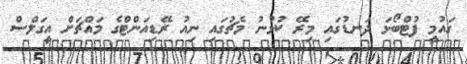
ގައުމީ ފުޓްބޯޅަ ދަނޑުގައި މިރޭ ކުޅުނު މެޗުގައި ނިއު ރޭޑިއަންޓްގެ މައްޗަށް އީގަލްސް